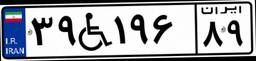
۵۶W۶۲۰۱۴